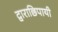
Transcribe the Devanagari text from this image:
द्वाराछिपायी